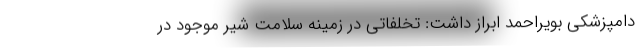
دامپزشکی بویراحمد ابراز داشت: تخلفاتی در زمینه سلامت شیر موجود در